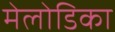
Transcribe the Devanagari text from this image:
मेलोडिका